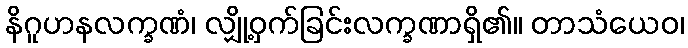
နိဂူဟနလက္ခဏံ၊ လျှို့ဝှက်ခြင်းလက္ခဏာရှိ၏။ တာသံယေဝ၊